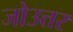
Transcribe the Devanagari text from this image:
जोउत्तर